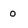
Character: 0